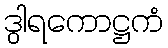
ဒွါရကောဋ္ဌကံ